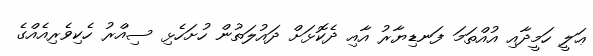
ޢަލީ ހަމީދާއި އުއްތަމަ ފަނޑިޔާރު އާއި ދެކޮޅަށް ދައުލަތުން ހުށަހެޅި ސިއްރު ހެކިވެރިއެއްގެ